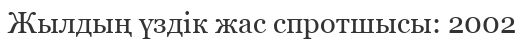
Жылдың үздік жас спротшысы: 2002